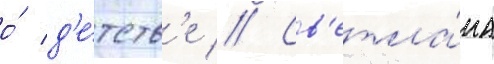
о́ д'е́тств'е // Св'етла́на